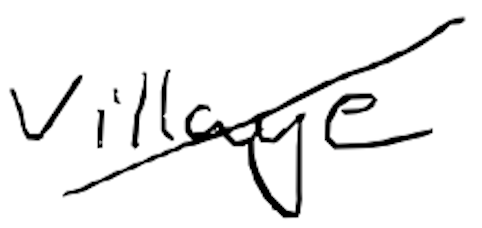
Text: village
Cross-out: diagonal
Writing tool: digital_black